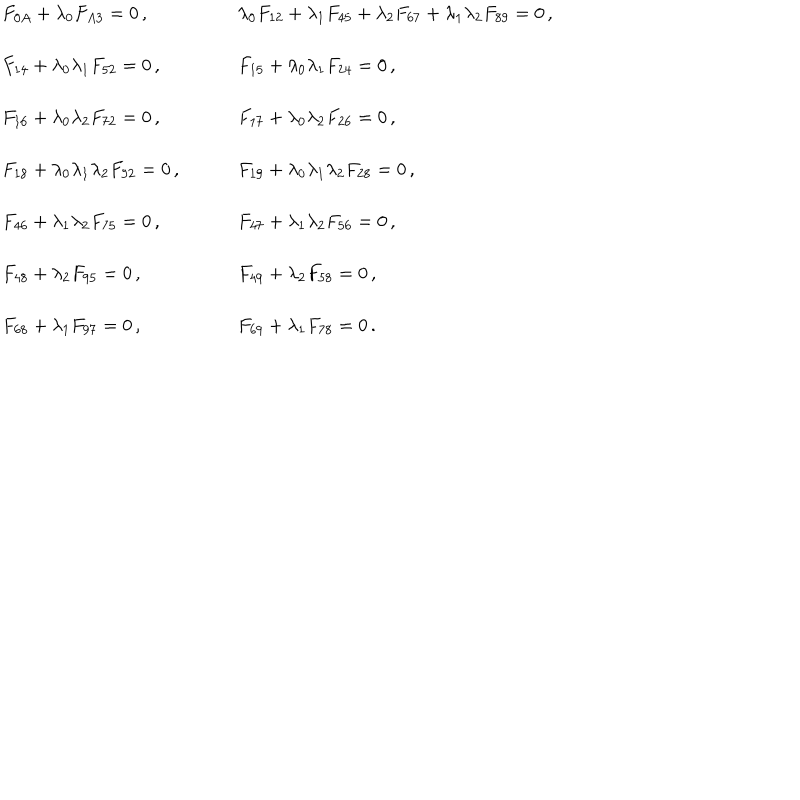
\begin{array} { l l } { { F _ { 0 A } + \lambda _ { 0 } F _ { A 3 } = 0 \, , ~ } } & { { ~ \lambda _ { 0 } F _ { 1 2 } + \lambda _ { 1 } F _ { 4 5 } + \lambda _ { 2 } F _ { 6 7 } + \lambda _ { 1 } \lambda _ { 2 } F _ { 8 9 } = 0 \, , } } \\ { { { } } } & { { { } } } \\ { { { } F _ { 1 4 } + \lambda _ { 0 } \lambda _ { 1 } F _ { 5 2 } = 0 \, , ~ } } & { { ~ F _ { 1 5 } + \lambda _ { 0 } \lambda _ { 1 } F _ { 2 4 } = 0 \, , } } \\ { { { } } } & { { { } } } \\ { { { } F _ { 1 6 } + \lambda _ { 0 } \lambda _ { 2 } F _ { 7 2 } = 0 \, , ~ } } & { { ~ F _ { 1 7 } + \lambda _ { 0 } \lambda _ { 2 } F _ { 2 6 } = 0 \, , } } \\ { { { } } } & { { { } } } \\ { { { } F _ { 1 8 } + \lambda _ { 0 } \lambda _ { 1 } \lambda _ { 2 } F _ { 9 2 } = 0 \, , ~ } } & { { ~ F _ { 1 9 } + \lambda _ { 0 } \lambda _ { 1 } \lambda _ { 2 } F _ { 2 8 } = 0 \, , } } \\ { { { } } } & { { { } } } \\ { { { } F _ { 4 6 } + \lambda _ { 1 } \lambda _ { 2 } F _ { 7 5 } = 0 \, , ~ } } & { { ~ F _ { 4 7 } + \lambda _ { 1 } \lambda _ { 2 } F _ { 5 6 } = 0 \, , } } \\ { { { } } } & { { { } } } \\ { { { } F _ { 4 8 } + \lambda _ { 2 } F _ { 9 5 } = 0 \, , ~ } } & { { ~ F _ { 4 9 } + \lambda _ { 2 } F _ { 5 8 } = 0 \, , } } \\ { { { } } } & { { { } } } \\ { { { } F _ { 6 8 } + \lambda _ { 1 } F _ { 9 7 } = 0 \, , ~ } } & { { ~ F _ { 6 9 } + \lambda _ { 1 } F _ { 7 8 } = 0 \, . } } \\ \end{array}